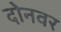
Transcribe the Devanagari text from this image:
दोनवर